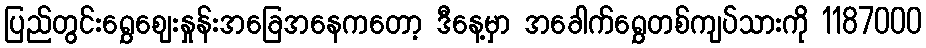
ပြည်တွင်းရွှေဈေးနှုန်းအခြေအနေကတော့ ဒီနေ့မှာ အခေါက်ရွှေတစ်ကျပ်သားကို 1187000